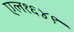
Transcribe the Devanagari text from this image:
एल१६४९